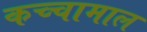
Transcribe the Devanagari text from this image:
कच्‍चामाल